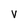
Character: v